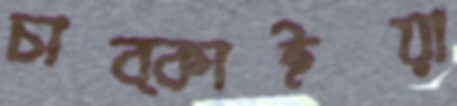
চাব্‌কাইয়া